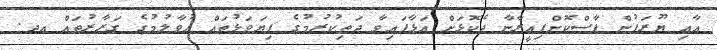
އާއި ޔޫރަޕުން ފާސްކޮށްފިއީރާނާ ދެކޮޅަށް އަޅާފައިވާ ދަތިކުރުމުގެ ފިޔަވަޅުތައް އުވާލުމުގެ ގަރާރުތައް އދ.